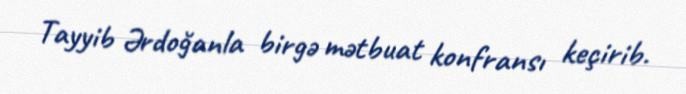
Tayyib Ərdoğanla birgə mətbuat konfransı keçirib.